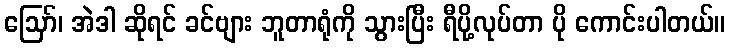
ဪ၊ အဲဒါ ဆိုရင် ခင်ဗျား ဘူတာရုံကို သွားပြီး ရီပို့လုပ်တာ ပို ကောင်းပါတယ်။